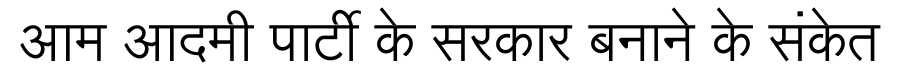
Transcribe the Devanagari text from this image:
आम आदमी पार्टी के सरकार बनाने के संकेत